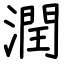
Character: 潤